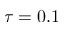
\tau = 0 . 1